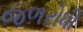
જળરોધી